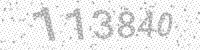
Solution: 113840